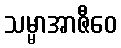
သမ္မာအာဇီဝေ